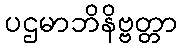
ပဌမာဘိနိဗ္ဗတ္တာ